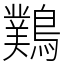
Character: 䴆